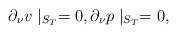
LaTeX: \begin{align*}\partial _{\nu }v\mid _{S_{T}}=0,\partial _{\nu }p\mid _{S_{T}}=0,\end{align*}